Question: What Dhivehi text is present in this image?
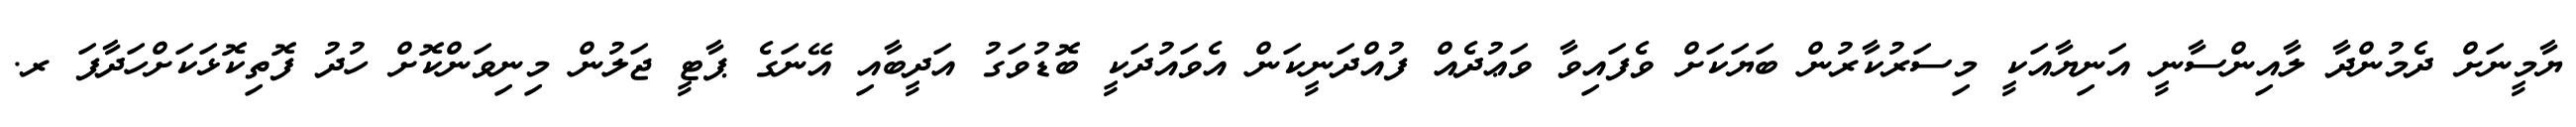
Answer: ޔާމީނަށް ދެމުންދާ ލާއިންސާނީ އަނިޔާއަކީ މިސަރުކާރުން ބަޔަކަށް ވެފައިވާ ވަޢުދެއް ފުއްދަނީކަން އެވައުދަކީ ބޮޑުވަގު އަދީބާއި އޭނަގެ ޕާޓީ ޖަލުން މިނިވަންކޮށް ހުދު ފޮތިކޮޅަކަށްހަދާފަ ރ.